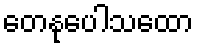
တေနုပေါသထော